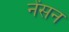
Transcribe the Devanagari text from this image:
नेंसन